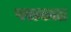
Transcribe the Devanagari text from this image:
पराकात